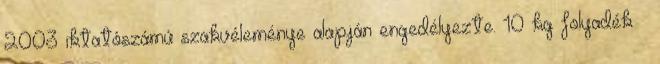
2003 iktatószámú szakvéleménye alapján engedélyezte. 10 kg folyadék –